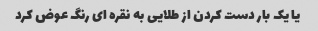
یا یک بار دست کردن از طلایی به نقره ای رنگ عوض کرد